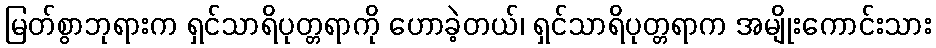
မြတ်စွာဘုရားက ရှင်သာရိပုတ္တရာကို ဟောခဲ့တယ်၊ ရှင်သာရိပုတ္တရာက အမျိုးကောင်းသား